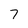
Character: 7